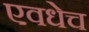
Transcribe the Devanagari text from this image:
एवधेच